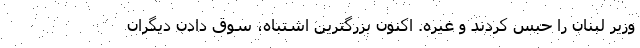
وزیر لبنان را حبس کردند و غیره. اکنون بزرگترین اشتباه، سوق دادن دیگران